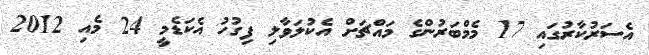
އެސަރުކާރުގައި 17 މެމްބަރުންގެ މައްޗަށް އެކުލަވާލި ފިގުހު އެކަޑެމީ 24 މެއި 2012